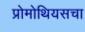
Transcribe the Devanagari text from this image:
प्रोमोथियसचा